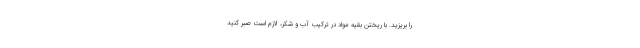
را بریزید. با ریختن بقیه مواد در ترکیبِ آب و شکر، لازم است صبر کنید